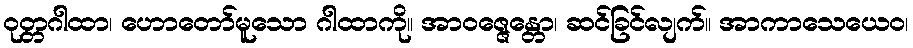
ဝုတ္တဂါထာ၊ ဟောတော်မူသော ဂါထာကို။ အာဝဇ္ဇေန္တော၊ ဆင်ခြင်လျက်။ အာကာသေယေဝ၊